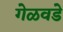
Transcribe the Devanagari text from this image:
गेळवडे